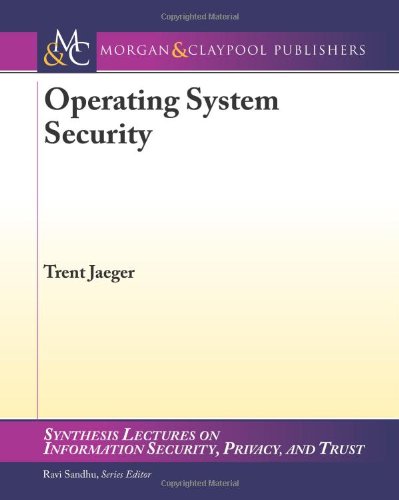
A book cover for Operating System Security (Synthesis Lectures on Information Security, Privacy, and Trust); Trent Jaeger; Computers & Technology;